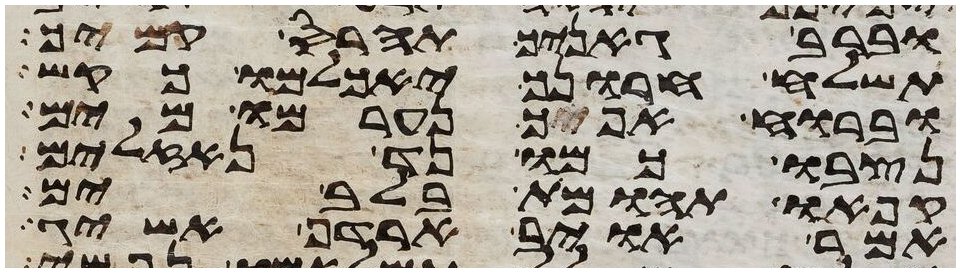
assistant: וברב גאניך תהרס קמיך
תשלח חרונך יאכלמו כקש
וברוח אפך נערמו מים
נצבו כמו נד נזלים
קפאו תהומות בלב ים
אמר אויב ארדף אשיג